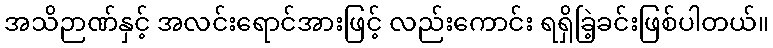
အသိဉာဏ်နှင့် အလင်းရောင်အားဖြင့် လည်းကောင်း ရရှိခြဲ့ခင်းဖြစ်ပါတယ်။